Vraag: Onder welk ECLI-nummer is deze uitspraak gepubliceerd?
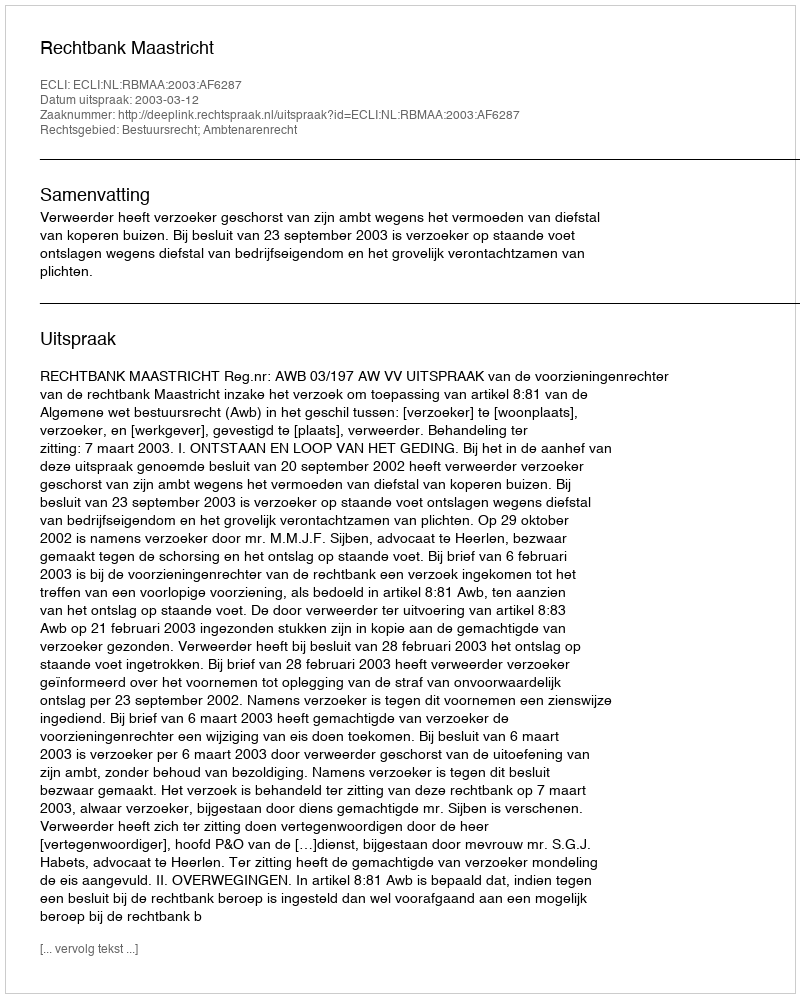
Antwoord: ECLI:NL:RBMAA:2003:AF6287